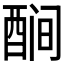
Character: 𬪫